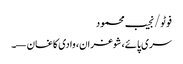
فوٹو/نجیب محمود
سری پائے، شوغران، وادی کاغان —۔